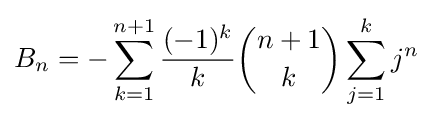
B_{n}=-\sum _{k=1}^{n+1}{\frac {(-1)^{k}}{k}}{\binom {n+1}{k}}\sum _{j=1}^{k}j^{n}